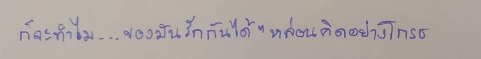
ก็จะทำไม...ของมันรักกันได้"หล่อนคิดอย่างโกรธ